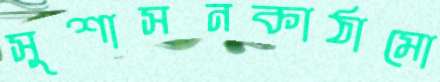
সুশাসনকাঠামো